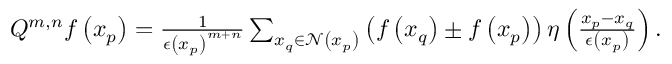
\begin{array} { r } { Q ^ { m , n } f \left( x _ { p } \right) = \frac { 1 } { \epsilon \left( x _ { p } \right) ^ { m + n } } \sum _ { x _ { q } \in \mathcal { N } \left( x _ { p } \right) } \left( f \left( x _ { q } \right) \pm f \left( x _ { p } \right) \right) \eta \left( \frac { x _ { p } - x _ { q } } { \epsilon \left( x _ { p } \right) } \right) . } \end{array}